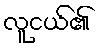
လူငယ်၏